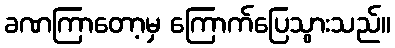
ခဏကြာတော့မှ ကြောက်ပြေသွားသည်။